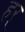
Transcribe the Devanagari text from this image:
हर्